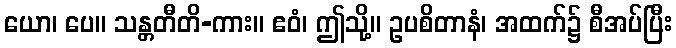
ယော၊ ပေ။ သန္တတီတိ-ကား။ ဧဝံ၊ ဤသို့။ ဥပစိတာနံ၊ အထက်၌ စီအပ်ပြီး